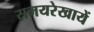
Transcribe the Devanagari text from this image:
समयरेखायें